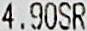
4.90SR